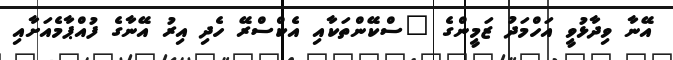
އޭނާ ވިދާޅުވީ އަހްމަދު ޒަމީންގެ "ސްކޭންތަކާއި އެކްސްރޭ ހެދި އިރު އޭނާގެ ފުއްޕާމެއަށާއި